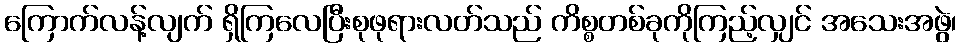
ကြောက်လန့်လျက် ရှိကြလေပြီးစုဖုရားလတ်သည် ကိစ္စတစ်ခုကိုကြည့်လျှင် အသေးအဖွဲ၊